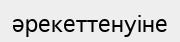
әрекеттенуіне